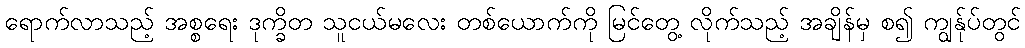
ရောက်လာသည့် အစ္စရေး ဒုက္ခိတ သူငယ်မလေး တစ်ယောက်ကို မြင်တွေ့ လိုက်သည့် အချိန်မှ စ၍ ကျွန်ုပ်တွင်